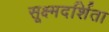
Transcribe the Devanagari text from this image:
सूक्ष्मदर्शिता